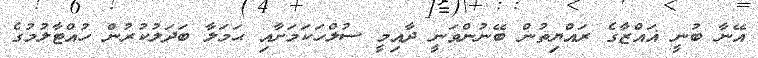
އޭނާ ބުނީ ޣައްޒާގެ ރައްޔިތުން ބޭނުންވަނީ ދާއިމީ ސުލްހަކަމަށާއި ޙަމަލާ ބަދަލުކުރުން ހުއްޓާލުމުގެ